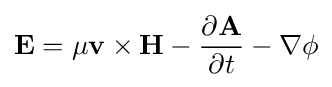
\mathbf {E} =\mu \mathbf {v} \times \mathbf {H} -{\frac {\partial \mathbf {A} }{\partial t}}-\nabla \phi